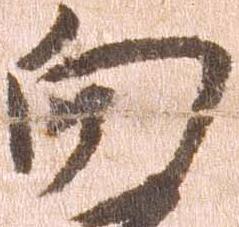
向